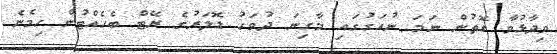
ވިދާޅުވާ ގޮތުން ނަމަ ނުއަގުގައި މާގިނަ ދުވަހު ޑޮލަރުގެ ރޭޓް ބެހެއްޓުން ހިމެނެ